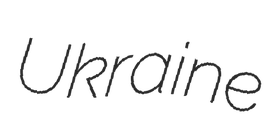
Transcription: Ukraine